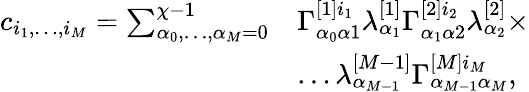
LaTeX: \begin{array}{rl}{c_{i_{1},\dots,i_{M}}=\sum_{\alpha_{0},\dots,\alpha_{M}=0}^{\chi-1}}&{\Gamma_{\alpha_{0}\alpha 1}^{[1]i_{1}}\lambda_{\alpha_{1}}^{[1]}\Gamma_{\alpha_{1}\alpha 2}^{[2]i_{2}}\lambda_{\alpha_{2}}^{[2]}\times}\\ &{\dots\lambda_{\alpha_{M-1}}^{[M-1]}\Gamma_{\alpha_{M-1}\alpha_{M}}^{[M]i_{M}},}\end{array}